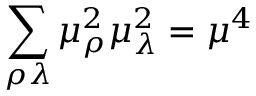
\sum _ { \rho \lambda } \mu _ { \rho } ^ { 2 } \mu _ { \lambda } ^ { 2 } = \mu ^ { 4 }